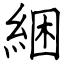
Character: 綑